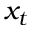
x _ { t }